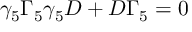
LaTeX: \gamma _ { 5 } \Gamma _ { 5 } \gamma _ { 5 } D + D \Gamma _ { 5 } = 0